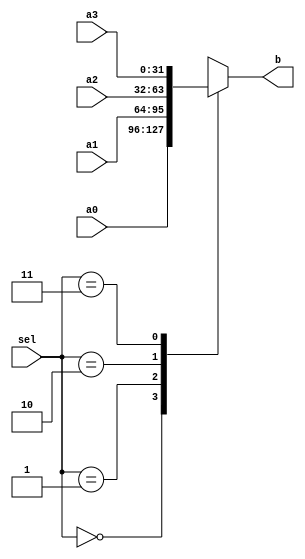
module Mux4_1(
    input wire[31:0]a0,
    input wire[31:0]a1,
    input wire[31:0]a2,
    input wire[31:0]a3,
    input wire[1:0]sel,
    output wire[31:0]b
    );
    
    assign b = mux(a0, a1, a2, a3, sel);    // 4-1 mux
    function [31:0]mux(input [31:0]a0, input [31:0]a1, input [31:0]a2, input [31:0]a3, input [1:0]sel);
    begin
        case(sel)
            2'd0:       mux = a0;
            2'd1:       mux = a1;
            2'd2:       mux = a2;
            2'd3:       mux = a3;
            default:    mux = a0;
        endcase
    end
    endfunction
          
endmodule